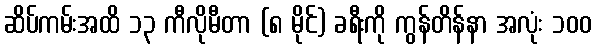
ဆိပ်ကမ်းအထိ ၁၃ ကီလိုမီတာ (၈ မိုင်) ခရီးကို ကွန်တိန်နာ အလုံး ၁၀၀